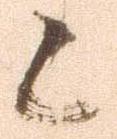
候